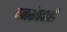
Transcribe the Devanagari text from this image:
वनसंपदाही